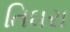
તિઘરા